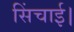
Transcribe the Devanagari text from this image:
सिंचाई।